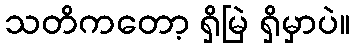
သတိကတော့ ရှိမြဲ ရှိမှာပဲ။